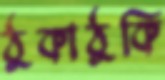
ঠুকাঠুকি